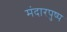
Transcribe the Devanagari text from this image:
मंदारपुष्प